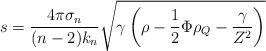
LaTeX: \begin{align*}s =\frac{4\pi\sigma_n}{(n-2)k_n}\sqrt{\gamma\left(\rho-\frac{1}{2}\Phi\rho_Q-\frac{\gamma}{Z^2}\right)}\end{align*}